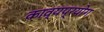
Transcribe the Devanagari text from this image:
काव्यप्रयोग